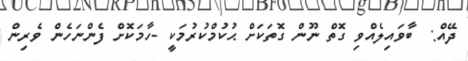
ދޭއް:  ބާވައިލެއްވި ގޮތް ނޫން ގޮތަކަށް ޙުކުމްކުރުމަކީ -ހާމަކޮށް ފެންނަހެން ވެރިން